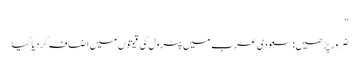
“
ضرور پڑھیں: سعودی عرب میں پٹرول کی قیمتوں میں اضافہ کردیاگیا